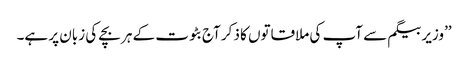
’’وزیر بیگم سے آپ کی ملاقاتوں کا ذکر آج بٹوت کے ہر بچے کی زبان پر ہے۔